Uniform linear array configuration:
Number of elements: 32
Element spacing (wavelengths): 0.25
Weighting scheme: cosine
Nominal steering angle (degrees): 30
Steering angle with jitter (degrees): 30.247
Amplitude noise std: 0.05
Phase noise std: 0.05

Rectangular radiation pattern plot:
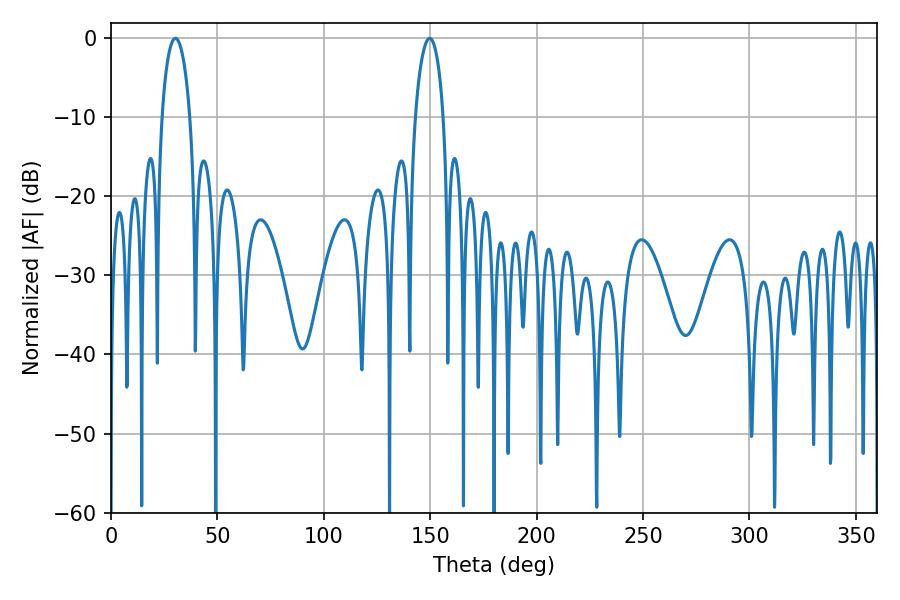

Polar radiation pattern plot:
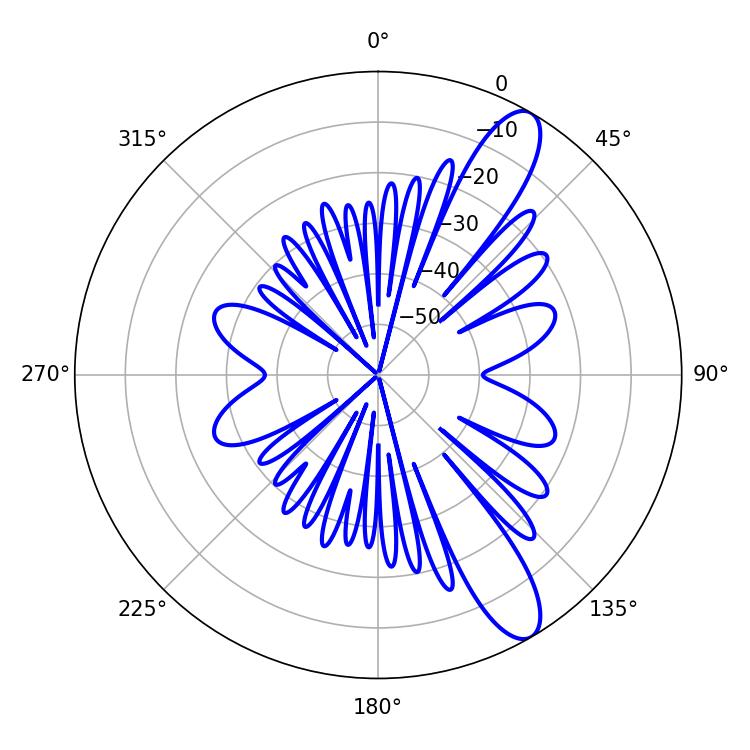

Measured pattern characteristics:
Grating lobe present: FALSE
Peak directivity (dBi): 11.367
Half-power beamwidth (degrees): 7.38
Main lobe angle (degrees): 30.24